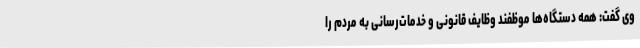
وی گفت: همه دستگاه‌ها موظفند وظایف قانونی و خدمات‌رسانی به مردم را